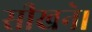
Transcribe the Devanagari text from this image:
सीखने।